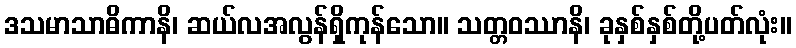
ဒသမာသာဓိကာနိ၊ ဆယ်လအလွန်ရှိကုန်သော။ သတ္တဝဿာနိ၊ ခုနှစ်နှစ်တို့ပတ်လုံး။